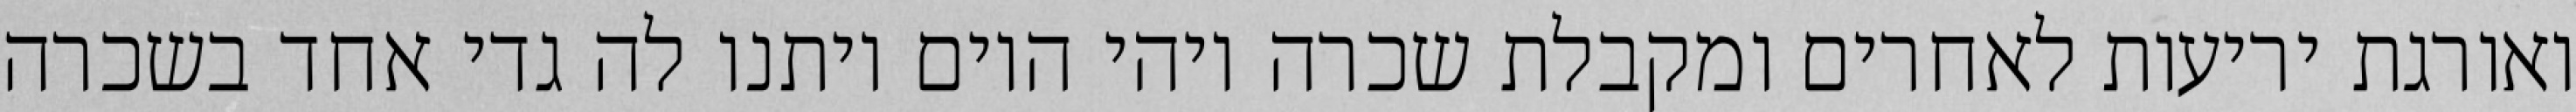
ואורגת יריעות לאחרים ומקבלת שכרה ויהי היום ויתנו לה גדי אחד בשכרה